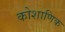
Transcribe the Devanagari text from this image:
कोशाणिक